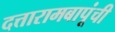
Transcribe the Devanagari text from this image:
दत्तारामबापूंची